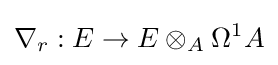
\nabla _{r}:E\to E\otimes _{A}\Omega ^{1}A